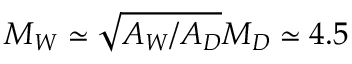
M _ { W } \simeq \sqrt { A _ { W } / A _ { D } } M _ { D } \simeq 4 . 5